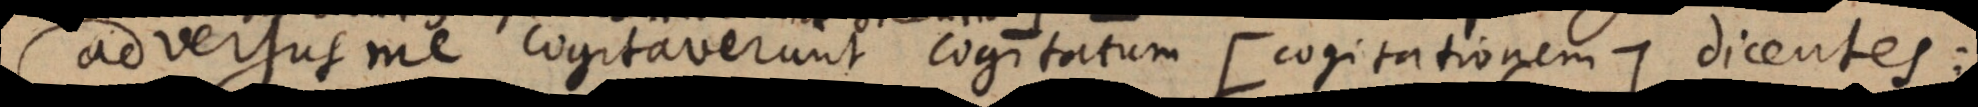
adversus me cogitaverunt cogitatum (: cogitationem:) dicentes: